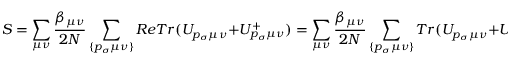
S = \sum _ { \mu \nu } \frac { \beta _ { \mu \nu } } { 2 N } \sum _ { \{ p _ { \sigma } \mu \nu \} } R e T r ( U _ { p _ { \sigma } \mu \nu } + U _ { p _ { \sigma } \mu \nu } ^ { + } ) = \sum _ { \mu \nu } \frac { \beta _ { \mu \nu } } { 2 N } \sum _ { \{ p _ { \sigma } \mu \nu \} } T r ( U _ { p _ { \sigma } \mu \nu } + U _ { p _ { \sigma } \mu \nu } ^ { + } ) ,